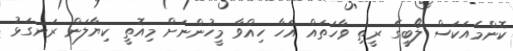
ކޮންމެއަކަސް ލޯބީގެ ރީތި ވާހަތައް އަހާ ހިއްވާ މީހުންނަށް މިއޮތީ ކިޔާލަން ރަނގަޅު